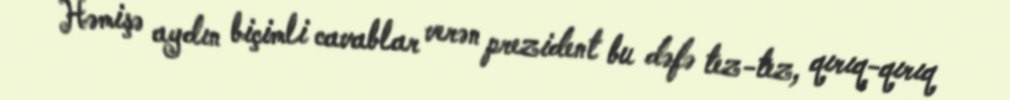
Həmişə aydın biçimli cavablar verən prezident bu dəfə tez-tez, qırıq-qırıq